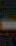
-